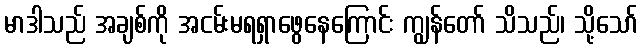
မာဒါသည် အချစ်ကို အငမ်းမရရှာဖွေနေကြောင်း ကျွန်တော် သိသည်၊ သို့သော်